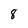
Character: 8